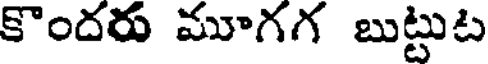
కొందరు మూగగ బుట్టుట